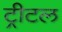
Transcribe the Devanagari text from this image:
ट्रीटल